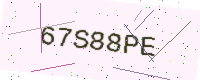
Text: 67S88PE